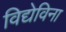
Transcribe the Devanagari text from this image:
विद्येविना